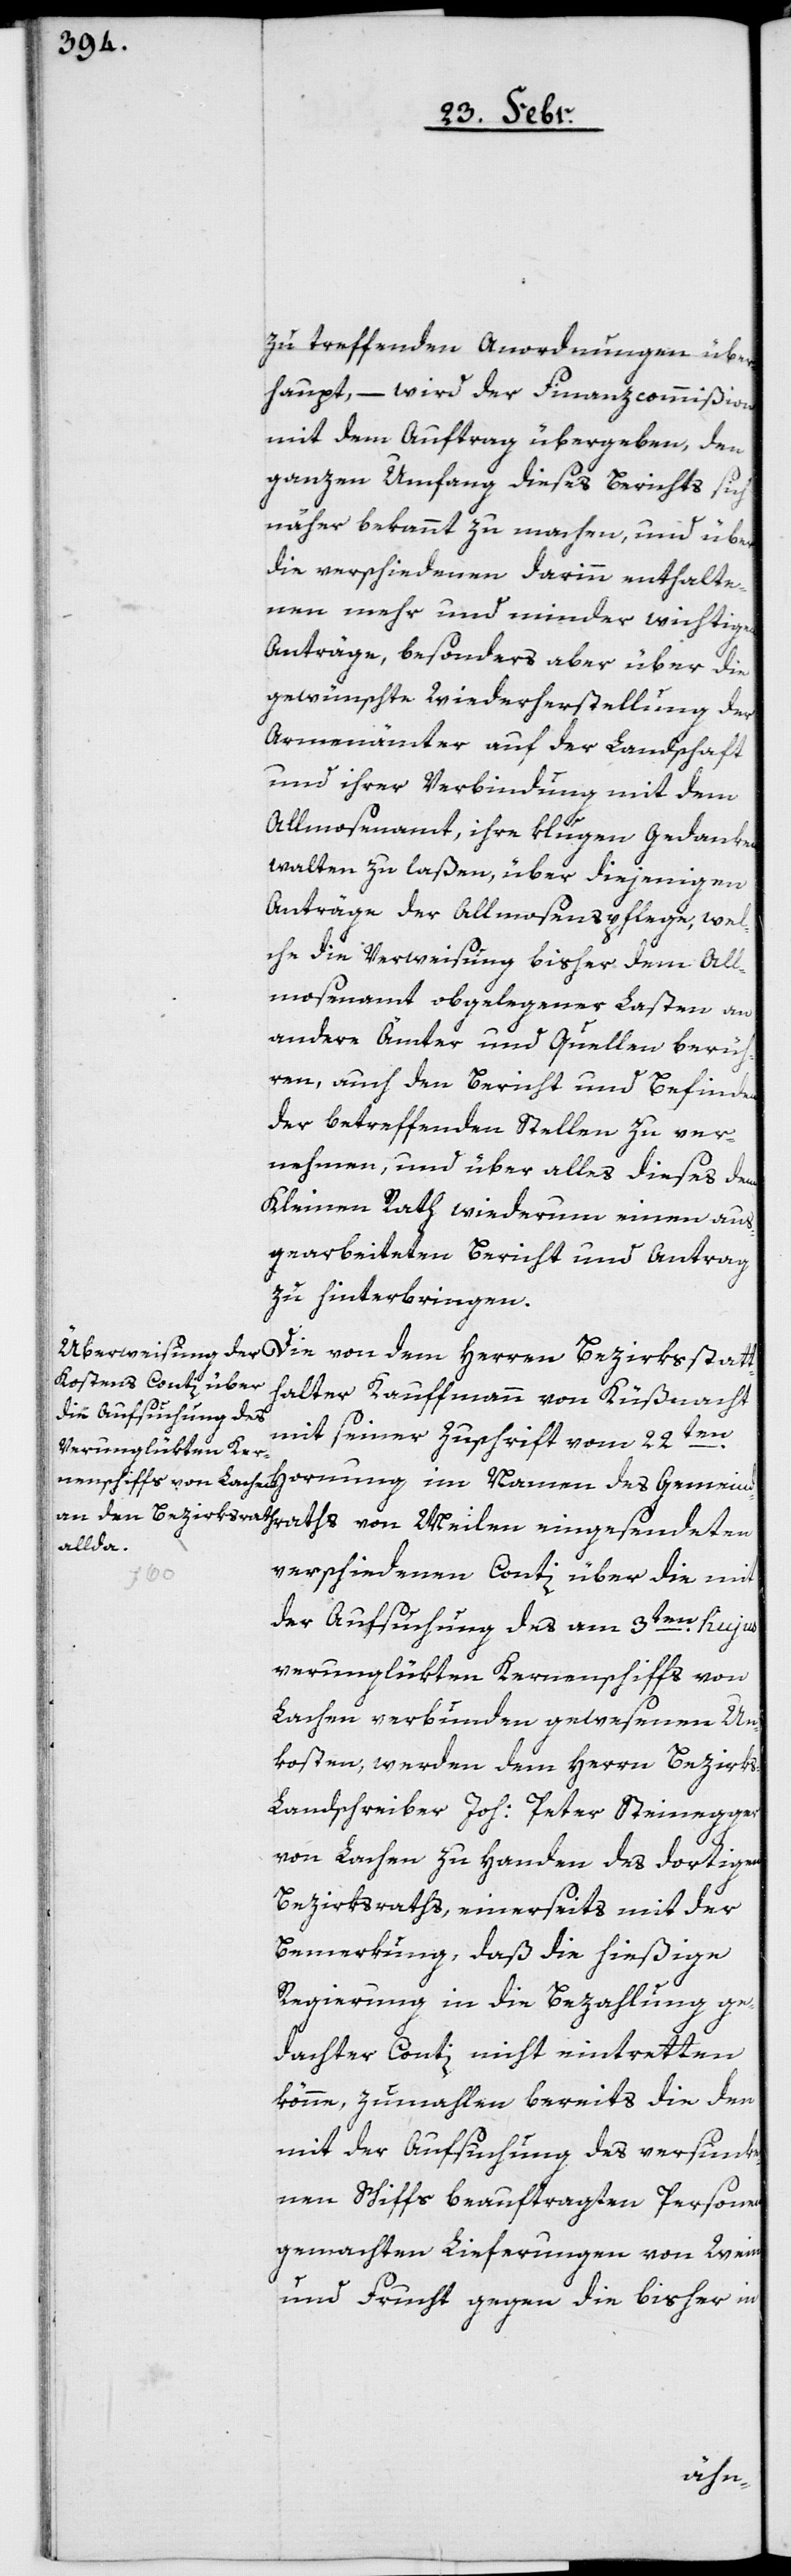
zu treffenden Anordnungen über¬
haupt, – wird der Finanzcommißion
mit dem Auftrag übergeben, den
ganzen Umfang dieses Berichts sich
näher bekannt zu machen, und über
die verschiedenen darinn enthalte¬
nen mehr und minder wichtigen
Anträge, besonders aber über die
gewünschte Wiederherstellung der
Armenämter auf der Landschaft
und ihrer Verbindung mit dem
Allmosenamt, ihre klugen Gedanken
walten zu laßen, über diejenigen
Anträge der Allmosenspflege, wel¬
che die Verweisung bisher dem Al¬
mosenamt obgelegener Lasten an
andere Ämter und Quellen berüh¬
ren, auch den Bericht und Befinden
der betreffenden Stellen zu ver¬
nehmen, und über alles dieses dem
Kleinen Rath wiederum einen aus¬
gearbeiteten Bericht und Antrag
zu hinterbringen.
Die von dem Herren Bezirksstatt¬
halter Kaufmann von Küßnacht
mit seiner Zuschrift vom 22ten.
verschiedenen Conti über die mit
der Aufsuchung des am 3ten. hujus
verunglükten Kernenschiffs von
Lachen verbunden gewesenen Un¬
kosten, werden dem Herrn Bezirk¬
s-Landschreiber Joh: Peter Steinegger
von Lachen zu Handen des dortigen
Bezirksraths, einerseits mit der
Bemerkung, daß die hießige
Regierung in die Bezahlung ge¬
dachter Conti nicht eintretten
könne, zumahlen bereits die den
mit der Aufsuchung des versunke¬
nen Schiffs beauftragten Personen
gemachten Lieferungen von Wein
und Frucht gegen die bisher in